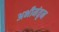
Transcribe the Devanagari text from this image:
अभीमंतृन